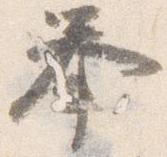
挙